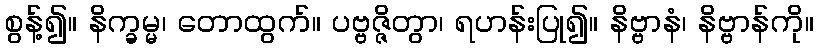
စွန့်၍။ နိက္ခမ္မ၊ တောထွက်။ ပဗ္ဗဇ္ဇိတွာ၊ ရဟန်းပြု၍။ နိဗ္ဗာနံ၊ နိဗ္ဗာန်ကို။